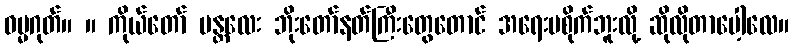
ဓမ္မဂုတ်။ ။ ကိုယ်တော် မန္တလေး ဘိုးတော်နတ်ကြီးတွေတောင် အရေးမစိုက်ဘူးလို့ ဆိုလိုတာပေါ့လေ။